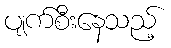
ပျက်စီးနေသည့်